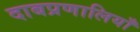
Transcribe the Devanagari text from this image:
दाबप्रणालियाँ